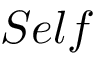
S e l f